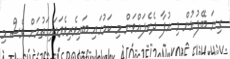
ގިނަ ބޭފުޅުން މި އުފާ ދެކެލައްވަން މި ކަމުގައި ބައިވެރިވެވަޑައިގަތުމަށް ވެސް މި